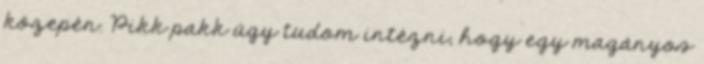
közepén. Pikk pakk úgy tudom intézni, hogy egy magányos